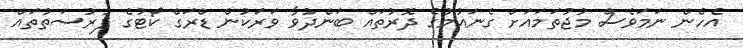
އެހެން ނަމަވެސް މުޖުތަމައަށް ގެނައުމުގެ ދޮރުތައް ބަންދުވާ ވަރަކުން ޑްރަގް ކޯޓުގެ ފުރުސަތުތައް